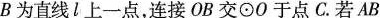
B为直线l上一点，连接OB交⊙O于点C.若AB